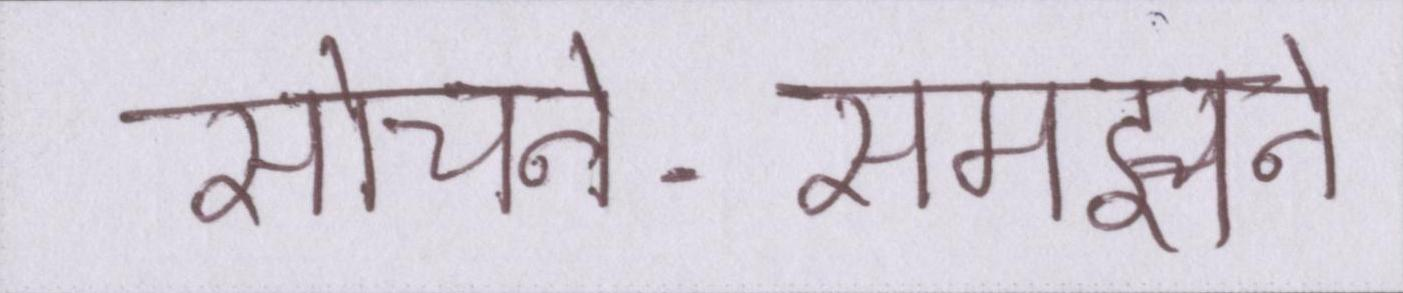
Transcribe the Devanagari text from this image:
सोचने-समझने